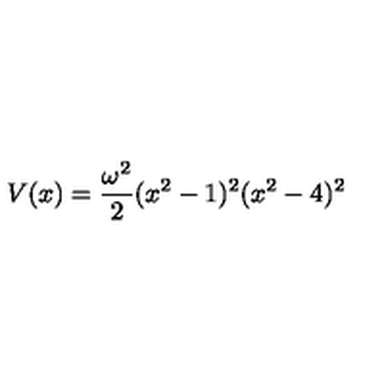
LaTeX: V ( x ) = { \frac { \omega ^ { 2 } } { 2 } } ( x ^ { 2 } - 1 ) ^ { 2 } ( x ^ { 2 } - 4 ) ^ { 2 }